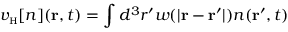
v _ { \scriptscriptstyle \mathrm { H } } [ n ] ( { \bf r } , t ) = \int d ^ { 3 } r ^ { \prime } w ( \vert { \bf r } - { \bf r } ^ { \prime } \vert ) n ( { \bf r } ^ { \prime } , t )